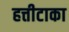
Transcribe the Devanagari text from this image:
हत्तीटाका